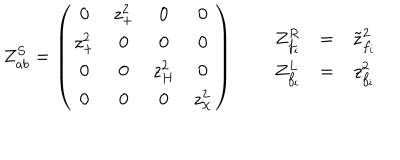
Z _ { a b } ^ { S } = \left( \begin{array} { c c c c } { { 0 } } & { { z _ { + } ^ { 2 } } } & { { 0 } } & { { 0 } } \\ { { z _ { + } ^ { 2 } } } & { { 0 } } & { { 0 } } & { { 0 } } \\ { { 0 } } & { { 0 } } & { { z _ { H } ^ { 2 } } } & { { 0 } } \\ { { 0 } } & { { 0 } } & { { 0 } } & { { z _ { \chi } ^ { 2 } } } \\ \end{array} \right) \qquad \begin{array} { c c c } { { Z _ { f _ { i } } ^ { R } } } & { { = } } & { { \tilde { z } _ { f _ { i } } ^ { 2 } } } \\ { { Z _ { f _ { i } } ^ { L } } } & { { = } } & { { z _ { f _ { i } } ^ { 2 } } } \\ \end{array}